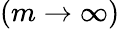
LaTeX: (m\rightarrow\infty)